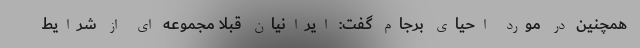
همچنین در مورد احیای برجام گفت: ایرانیان قبلاً مجموعه ای از شرایط